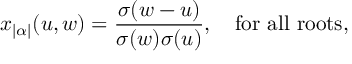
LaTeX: x _ { | \alpha | } ( u , w ) = { \frac { \sigma ( w - u ) } { \sigma ( w ) \sigma ( u ) } } , \quad \mathrm { f o r ~ a l l ~ r o o t s } ,